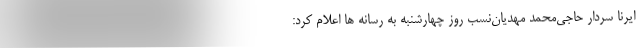
ایرنا سردار حاجی‌محمد مهدیان‌نسب روز چهارشنبه به رسانه ها اعلام کرد: